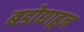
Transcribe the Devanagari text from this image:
बडोद्याहून